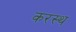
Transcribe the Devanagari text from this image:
करस्थ